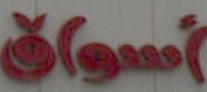
أسواق